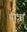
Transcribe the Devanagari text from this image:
या़त्रा